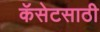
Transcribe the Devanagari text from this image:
कॅसेटसाठी